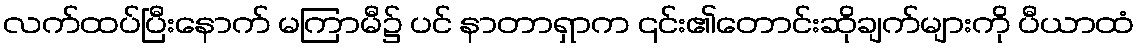
လက်ထပ်ပြီးနောက် မကြာမီ၌ ပင် နာတာရှာက ၎င်း၏တောင်းဆိုချက်များကို ပီယာထံ